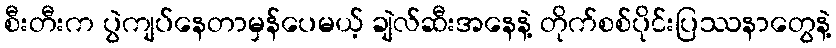
စီးတီးက ပွဲကျပ်နေတာမှန်ပေမယ့် ချဲလ်ဆီးအနေနဲ့ တိုက်စစ်ပိုင်းပြဿနာတွေနဲ့